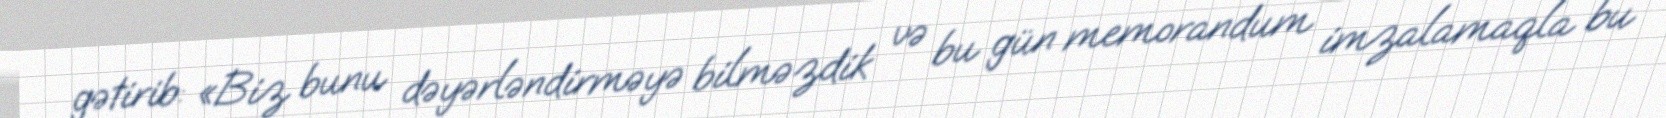
gətirib: «Biz bunu dəyərləndirməyə bilməzdik və bu gün memorandum imzalamaqla bu